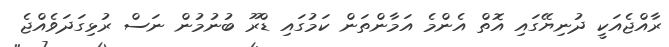
ރާއްޖެއަކީ ދުނިޔޭގައި އޮތް އެންމެ އަމާންތަން ކަމުގައި ޑްރޫ ބުނުމުން ނަސް ރުޅިގަދަވެއްޖެ